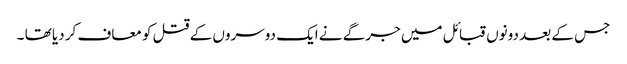
جس کے بعد دونوں قبائل میں جرگے نے ایک دوسروں کے قتل کو معاف کر دیا تھا ۔